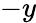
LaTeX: -y